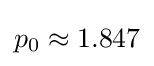
p_{0}\approx 1.847